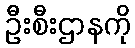
ဦးစီးဌာနကို